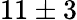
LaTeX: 11\pm 3